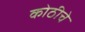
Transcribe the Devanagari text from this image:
कोठीचे